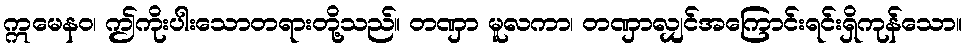
ဣမေနဝ၊ ဤကိုးပါးသောတရားတို့သည်။ တဏှာ မူလကာ၊ တဏှာလျှင်အကြောင်းရင်းရှိကုန်သော။